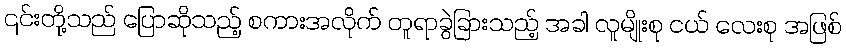
၎င်းတို့သည် ပြောဆိုသည့် စကားအလိုက် တူရာခွဲခြားသည့် အခါ လူမျိုးစု ငယ် လေးစု အဖြစ်